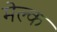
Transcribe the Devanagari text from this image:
मेल्क